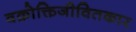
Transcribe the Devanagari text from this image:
वक्रोक्तिजीवितकार